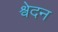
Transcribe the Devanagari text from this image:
श्वेदन